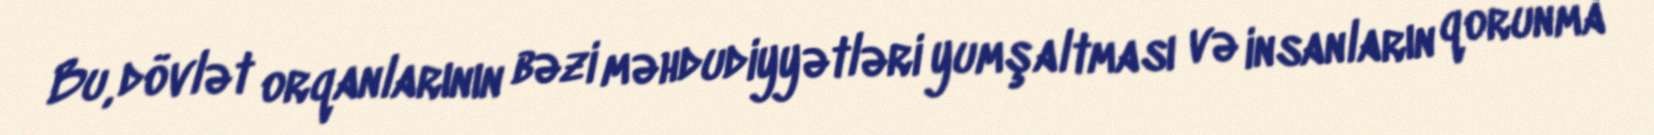
Bu, dövlət orqanlarının bəzi məhdudiyyətləri yumşaltması və insanların qorunma